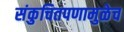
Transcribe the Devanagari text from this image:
संकुचितपणामुळेच